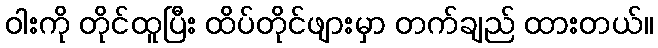
ဝါးကို တိုင်ထူပြီး ထိပ်တိုင်ဖျားမှာ တက်ချည် ထားတယ်။